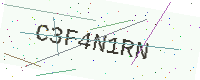
Text: C3F4N1RN